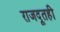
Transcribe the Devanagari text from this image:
राजदूतही